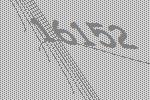
16152